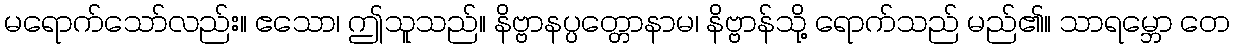
မရောက်သော်လည်း။ ဧသော၊ ဤသူသည်။ နိဗ္ဗာနပ္ပတ္တောနာမ၊ နိဗ္ဗာန်သို့ ရောက်သည် မည်၏။ သာရမ္ဘော တေ